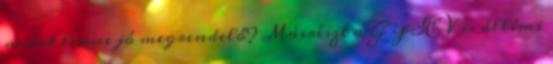
miért lenne jó megrendelő? Másrészt a GYSEV is állími